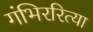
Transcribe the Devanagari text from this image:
गंभिररित्या